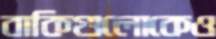
বাকিগুলোকেও